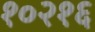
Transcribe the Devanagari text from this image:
१०२१६